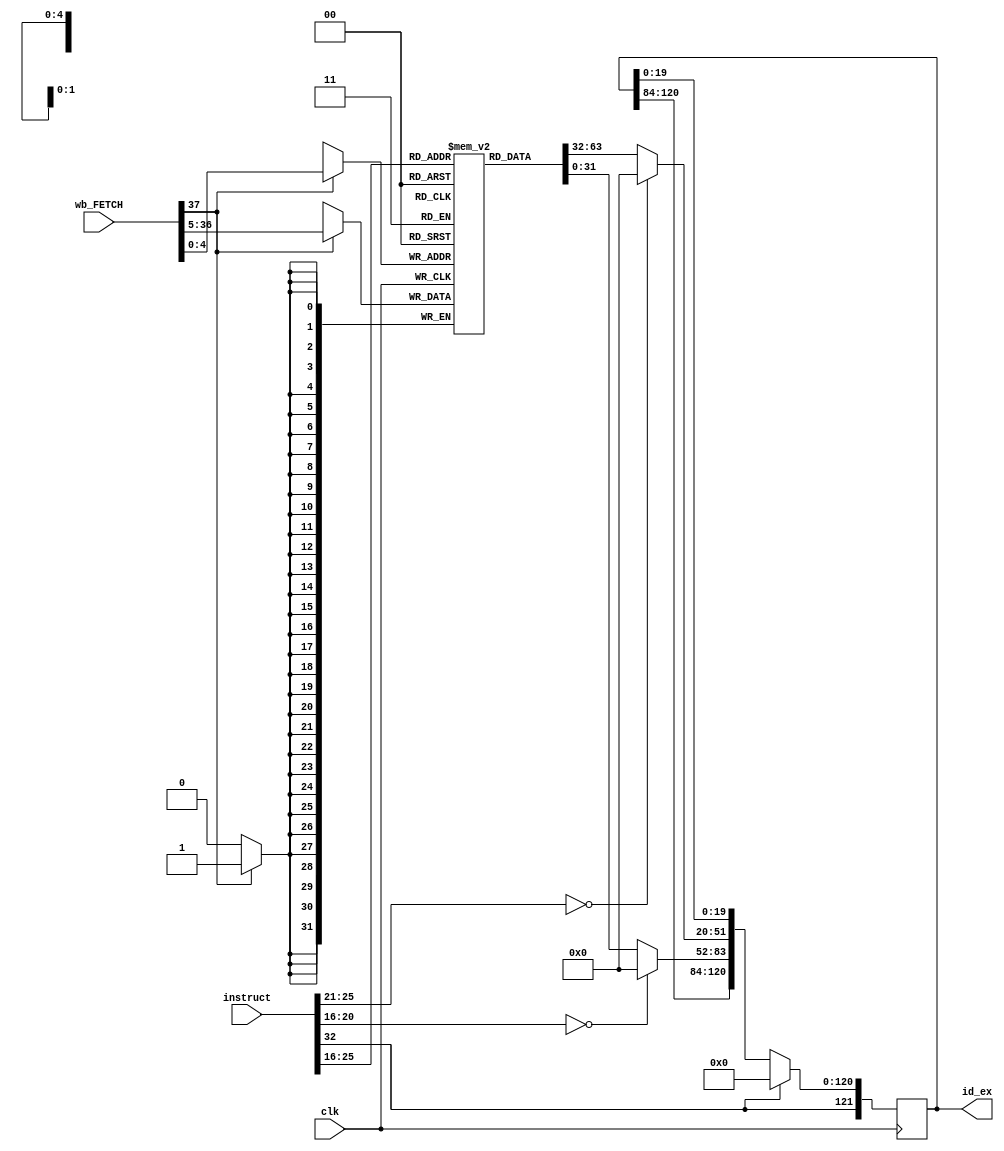
module DECODER(wb_FETCH,clk,instruct, id_ex);
// mux variable
	  input clk;
	  input [37:0] wb_FETCH; //brings in a word that writes back to the rf data reg

  //put values in register for use in program
initial
   begin
	data_rf[0] = 32'h00000000;
	data_rf[1] = 32'h00000002;
	data_rf[2] = 32'h00000001;
	data_rf[3] = 32'h00000005;
	data_rf[4] = 32'h00001111;
	data_rf[5] = 32'h00000011;
	data_rf[6] = 32'h22222222;
	data_rf[7] = 32'h33333333;
	data_rf[8] = 32'h44444444;	
   end
	
//chop up instructions
	  input[32:0] instruct;
	  output reg [121:0] id_ex;
     wire [5:0] opcd    = instruct[31:26];     //operation code
	  wire [4:0] rs      = instruct[25:21];     //rs register address
	  wire [4:0] rt      = instruct[20:16];     // rt register address
	  wire [15:0] imm    = instruct[15:0];      //immediate variable
	  wire [4:0] imm2    = instruct[15:11];     // this can be rd when needed by instruction type R

	//Declare the data_rf register
	 reg [31:0] data_rf [0:31];
	 
	 //decoder   do everything at positive edge of the clock
	 always @(posedge clk) begin
	
	 // fetch data at address if not $0 reg
		 id_ex[51:20] = (rs == 0)? 0 : data_rf[rs];    
		 id_ex[83:52] = (rt == 0)? 0 : data_rf[rt];

	 
	 //opcode cases
	     case(instruct[31:26])
	         6'b000000: begin
							  id_ex[19:0] <= 16'h0001;  // enable add 0000 0000 0000 0001
							  id_ex[120:116] <= imm2;   //pass address
							  end
				6'b000001: begin
				           id_ex[19:0] <= 16'h0002;  // enable sub 0000 0000 0000 0010
						     id_ex[120:116] <= imm2;   //pass address R type
							  end
				6'b000101: begin
				           id_ex[19:0] <= 16'h0004;  // enable and 0000 0000 0000 0100
				           id_ex[120:116] <= imm2;   //pass address R type
							  end
				6'b000110: begin
				           id_ex[19:0] <= 16'h0008;  // enable  or 0000 0000 0000 1000
				           id_ex[120:116] <= imm2;   //pass address R type
							  end
				6'b000111: begin
				           id_ex[19:0] <= 16'h0010;  // enable xor 0000 0000 0001 0000
				           id_ex[120:116] <= imm2;   //pass address R type
							  end
			   6'b000011: begin
				           id_ex[19:0] <= 16'h0020;  // shift left 0000 0000 0010 0000
				           id_ex[120:116] <= imm2;   //pass address R type
							  end
			   6'b000100: begin
				           id_ex[19:0] <= 16'h0040;  // shiftright 0000 0000 0100 0000
				           id_ex[120:116] <= imm2;   //pass address R type
							  end
			   6'b001011: begin
				           id_ex[19:0] <= 16'h0080;  // addimmed   0000 0000 1000 0000
				           id_ex[120:116] <= rt;     //pass address I type
							  end
				6'b000010: begin
				           id_ex[19:0] <= 16'h0100;  // load immed  0000 0001 0000 0000
				           id_ex[120:116] <= rt;	 
                       end							     //pass address I type
				6'b100011: begin
				           id_ex[19:0] <= 16'h0200;  // load word  0000 0010 0000 0000
				           id_ex[120:116] <= rt;	    //pass address R type
							  end
				6'b101011: begin
				           id_ex[19:0] <= 16'h0400;  // storeword  0000 0100 0000 0000
				           id_ex[120:116] <= 0;      //pass null address R type 
							  end
			endcase
			
			//write to data rf
		 if(wb_FETCH[37]==1'b1 )begin
				data_rf[wb_FETCH[4:0]] <= wb_FETCH[36:5];
				end
				
		// sign extend the immediate value to 32 bits making MSB 16 bit zeros
	     id_ex[115:100] <=0;
        id_ex[99:84] <= imm[15:0]; 
     
		if(instruct[32] == 1)begin
		id_ex = 0; 
		end
		id_ex[121] <= instruct[32];
	 end
		
endmodule